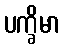
ပက္ခိမာ